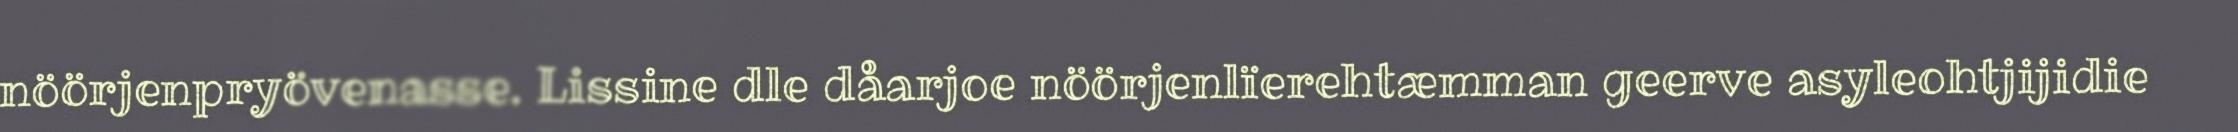
nöörjenpryövenasse. Lissine dle dåarjoe nöörjenlïerehtæmman geerve asyleohtjijidie